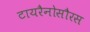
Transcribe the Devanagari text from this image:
टायरैनोसौरस